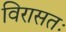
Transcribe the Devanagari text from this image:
विरासतः